Report on vaccination in Madras 1877-1894 - 1877-1894
Year: 1877
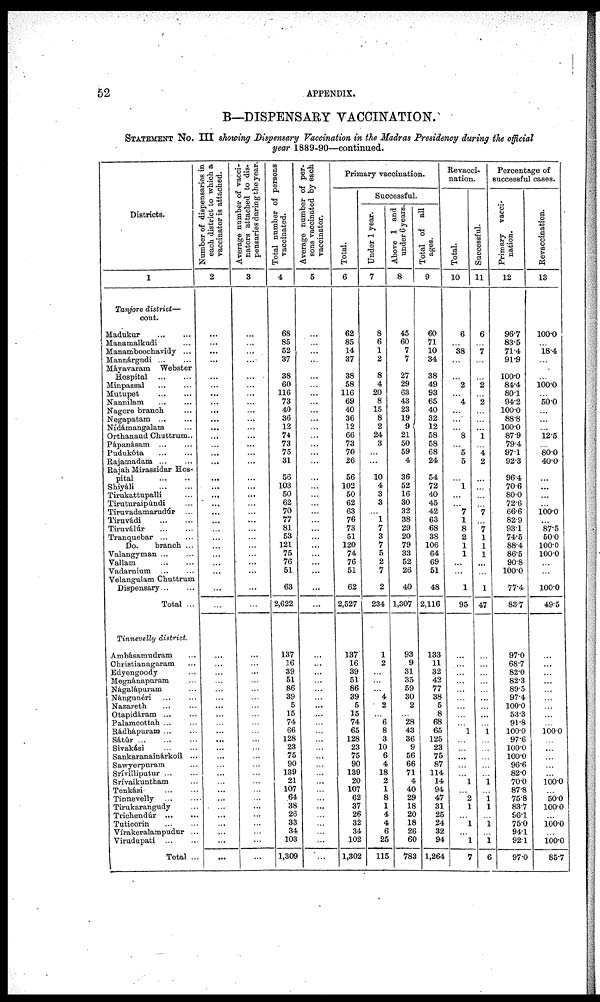
52
APPENDIX.
B—DISPENSARY VACCINATION.
STATEMENT NO. III showing Dispensary Vaccination in the Madras Presidency during the official
year 1889-90—continued.
Districts.
1
Torjore district—
cont.
Madukur
...
...
Manamalkudi ...
Manamboochavidy ...
Mannárgudi ... ...
Máyavaram Webster
Hospital
...
...
Minpassal ... ...
Mutupet
...
...
Nannilam
...
...
Nagore branch ... ...
Negapatam ... ...
Nidámangalam ... ...
Orthanaud Chuttrum..
Pápanásam
...
...
Pudukóta
...
...
Rajamadam ... ...
Rajah Mirassidar Hos-
pital ...
Shiyáli
...
...
Tirukattupalli ... ...
Tiruturaipúndi ...
Tiruvadamarudúr ...
Tiruvádi
...
Tiruválúr
...
Tranquebar
...
Do.
branch ...
Valangyman
...
Vallam
...
Vadarnium
...
Yelangnlam Chuttrum
Dispensary
Total ...
Tinnevelly district.
Ambásamudram ...
Christianagaram ...
Edyengoody ...
Megnánapuram
...
Nágalápuram ...
Nángunéri
...
Nazareth ... ...
Otapidáram ...
Palamcottah ...
...
Rádhápuram
...
Sátúr
......
Sivakási ...
Sankaranainárkoil ...
Sawyerpnram ...
Srívilliputur
...
Srívaikuntham ...
Tenkási ...
Tinnevelly
...
Tirukarangudy ...
Trichendúr ...
...
Tutioorin ... ...
Víirakeralampudur ...
Virudupati
...
...
Total ...
Number of dispensaries in
each district to which a
vaccinator is attached.
2
...
...
...
...
...
...
...
...
...
...
...
...
...
...
...
...
...
...
...
...
...
...
...
...
...
...
...
...
...
...
...
...
...
...
...
...
...
...
...
...
...
...
...
...
...
...
...
...
...
...
...
...
...
Average number of vacci-
nators attached to dis-
pensaries during the year.
3
...
...
...
...
...
...
...
...
...
...
...
...
...
...
...
...
...
...
...
...
...
...
...
...
...
...
...
...
...
...
...
...
...
...
...
...
...
...
...
...
...
...
...
...
...
...
...
...
...
...
...
...
...
Total number of persons
vaccinated.
4
68
85
52
37
38
60
116
73
40
36
12
74
73
75
31
56
103
50
62
70
77
81
53
121
75
76
51
63
2,622
137
16
39
51
86
39
5
15
74
66
128
23
75
90
139
21
107
64
38
26
33
34
103
1,309
Average number of per-
sons vaccinated by each
vaccinator.
5
...
...
...
...
...
...
...
...
...
...
...
...
...
...
...
...
...
...
...
...
...
...
...
...
...
...
...
...
...
...
...
...
...
...
...
...
...
...
...
...
...
...
...
...
...
...
...
...
...
...
...
...
...
Primary vaccination.
Total.
6
62
85
14
37
38
58
116
69
40
36
12
66
73
70
26
56
102
50
62
63
76
73
51
120
74
76
51
62
2,527
137
16
39
51
86
39
5
15
74
65
128
23
75
90
139
20
107
62
37
26
32
34
102
1,302
Successful
Under 1 year.
Above 1 and
under 6 years.
7
8
6
1
2
8
4
20
8
15
8
2
24
3
...
...
10
4
3
3
...
1
7
3
7
5
2
7
2
234
1
2
...
...
...
4
2
...
6
8
3
10
6
4
18
2
1
8
1
4
4
6
25
115
8
45
60
7
7
27
29
63
43
23
19
9
21
50
59
4
36
52
16
30
32
38
29
20
79
33
52
26
40
1,307
93
9
31
35
59
30
2
...
28
43
36
9
56
66
71
4
40
29
18
20
18
26
60
783
Total of all
ages.
9
60
71
10
34
38
49
93
65
40
32
12
58
58
68
24
54
72
40
45
42
63
68
38
106
64
69
51
48
2,116
133
11
32
42
77
38
5
8
68
65
125
23
75
87
114
14
94
47
31
25
24
32
94
1,264
Revacci-
nation.
Total.
10
6
...
38
...
...
2
...
4
...
...
...
8
...
5
5
...
1
...
...
7
1
8
2
1
1
...
...
1
95
...
...
...
...
...
...
...
...
...
1
...
...
...
...
...
1
...
2
1
...
1
...
1
7
Successful.
11
6
...
7
...
...
2
...
2
...
...
...
1
...
4
2
...
...
...
7
...
7
1
1
1
...
...
1
47
...
...
...
...
...
...
...
...
...
1
...
...
...
...
...
1
...
1 1
...
1
...
1
6
Percentage of
successful cases.
Primary vacci-
nation.
12
96.7
83.5
71.4
91.9
100.0
84.4
80.1
94.2
100.0
88.8
100.0
87.9
79.4
97.1
92.3
96.4
70.6
80.0
72.6
66.6
82.9
93.1
74.5
88.4
86.5
90.8
100.0
77.4
83.7
97.0
68.7
82.0
82.3
89.5
97.4
100.0
53.3
91.8
100.0
97.6
100.0
100.0
96.6
82.0
70.0
87.8
75.8
83.7
96.1
75.0
94.1
92.1
97.0
Revaccination.
13
100.0
...
18.4
...
...
100.0
...
50.0
...
...
...
12.5
...
80.0
40.0
...
...
...
...
100.0
...
87.5
50.0
100.0
100.0
...
...
100.0
49.5
...
...
...
...
...
...
...
...
...
100.0
...
...
...
...
...
100.0
...
50.0
100.0
...
100.0
...
100.0
85.7